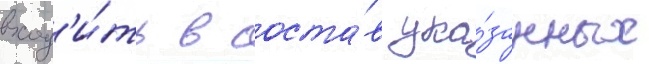
вход'и́ть в соста́в ука́занных